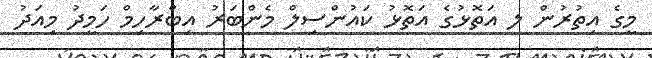
މީގެ އިތުރުން ލ އަތޮޅުގެ އަތޮޅު ކައުންސިލް މެންބަރު އިބްރާހިމް ހަމީދު މިއަދު